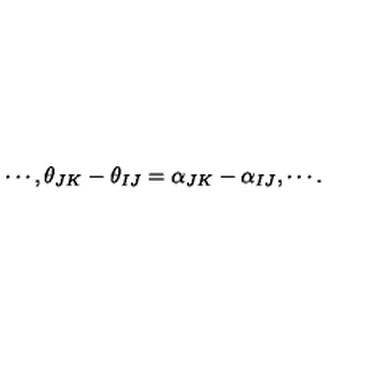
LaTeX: \cdots , \theta _ { J K } - \theta _ { I J } = \alpha _ { J K } - \alpha _ { I J } , \cdots .